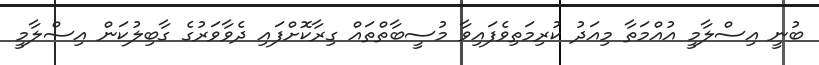
ބުނީ އިސްލާމީ އުއްމަތާ މިއަދު ކުރިމަތިވެފައިވާ މުސީބާތްތައް ގިރާކޮށްފައި ދެވާވަރުގެ ގާބިލުކަން އިސްލާމީ